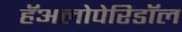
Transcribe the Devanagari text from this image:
हॅअलोपेरिडॉल